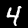
Label: 4